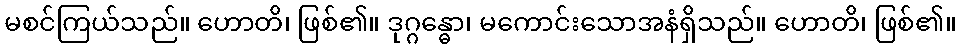
မစင်ကြယ်သည်။ ဟောတိ၊ ဖြစ်၏။ ဒုဂ္ဂန္ဓော၊ မကောင်းသောအနံရှိသည်။ ဟောတိ၊ ဖြစ်၏။